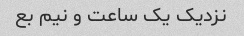
نزدیک یک ساعت و نیم بع